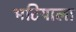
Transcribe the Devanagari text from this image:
भटियाला